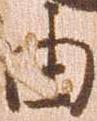
由